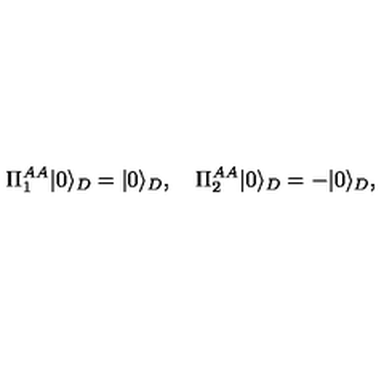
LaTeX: \Pi _ { 1 } ^ { A A } | 0 \rangle _ { D } = | 0 \rangle _ { D } , \quad \Pi _ { 2 } ^ { A A } | 0 \rangle _ { D } = - | 0 \rangle _ { D } , \quad